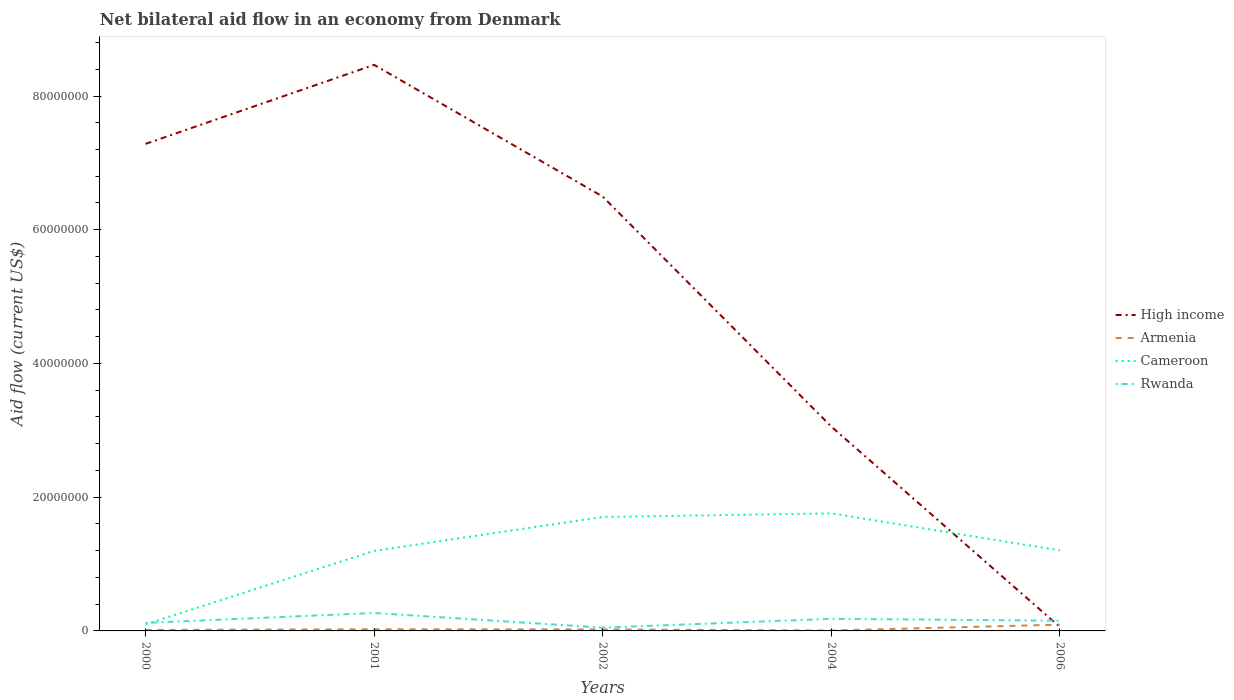
| Years | High income | Armenia | Cameroon | Rwanda |
 | --- | --- | --- | --- | --- |
 | 2000 | 7.28e+07 | 1.4e+05 | 9.8e+05 | 1.2e+06 |
 | 2001 | 8.47e+07 | 2.5e+05 | 1.2e+07 | 2.68e+06 |
 | 2002 | 6.5e+07 | 2.2e+05 | 1.7e+07 | 4.9e+05 |
 | 2004 | 3.06e+07 | 6e+04 | 1.76e+07 | 1.81e+06 |
 | 2006 | 5.8e+05 | 9.4e+05 | 1.2e+07 | 1.53e+06 |